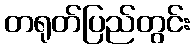
တရုတ်ပြည်တွင်း